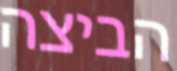
הביצה